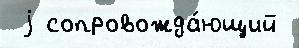
 j сопровожда́ющий